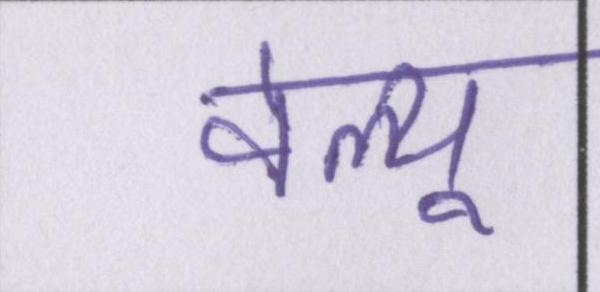
वेल्यू